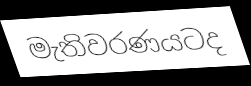
මැතිවරණයටද